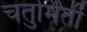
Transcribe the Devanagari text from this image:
चतुर्मिती